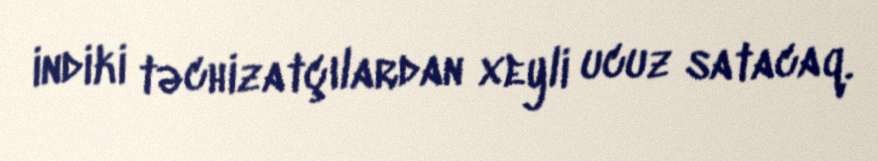
indiki təchizatçılardan xeyli ucuz satacaq.